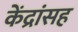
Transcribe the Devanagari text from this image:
केंद्रांसह